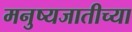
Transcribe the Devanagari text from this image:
मनुष्यजातीच्या